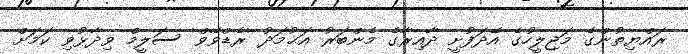
ރައްޔިތުންގެ މަޖިލީހުގެ އޭދަފުށީ ދާއިރާގެ މެންބަރު އަޙުމަދު 'ރެޑްވޭވް' ސަލީމް ވިދާޅުވި ކަމަށް